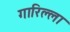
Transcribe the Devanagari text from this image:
गारिल्ला